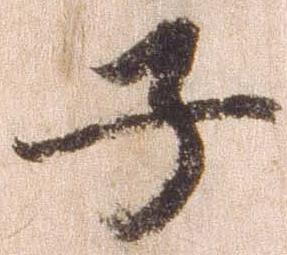
子